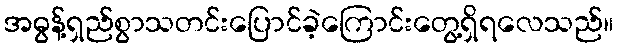
အဓွန့်ရှည်စွာသတင်းပြောင်ခဲ့ကြောင်းတွေ့ရှိရလေသည်။